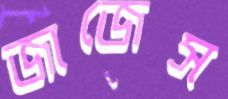
জাজেস